Insane asylums in Bengal annual reports 1876-1887 - 1876-1887
Year: 1876
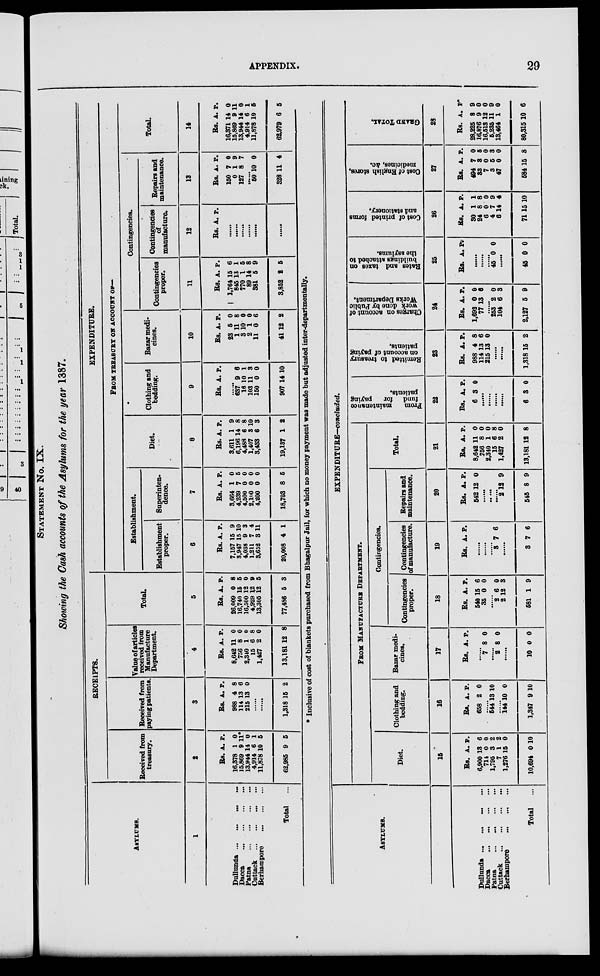
APPENDIX.
29
STATEMENT No. IX.
Showing the Cash accounts of the Asylums for the year 1887.
ASYLUMS.
1
Dullunda
...
...
...
...
Dacca
...
...
...
...
Patna ... ... ... ...
Cuttack ... ... ... ...
Berhampore ... ... ...
Total ...
RECEIPTS.
Received from
treasury.
2
Rs.
16,378
15,869
13,944
4,914
11,878
62,985
A.
1
9
14
6
10
9
P.
0
11*
0
1
5
5
Received from
paying patients.
3
Rs.
988
114
215
A.
4
13
13
P.
8
6
0
......
......
1,318 15 2
Value of articles
received from
Manufacture
Department.
4
Rs.
8,642
756
2,340
15
1,427
13,181
A.
11
8
1
6
2
12
P.
0
0
0
8
0
8
Total.
5
Rs.
26,009
16,740
16,500
4,929
13,305
77,486
A.
0
15
12
12
12
5
P.
8
5
0
9
5
3
EXPENDITURE.
FROM TREASURY ON ACCOUNT OF—
Establishment.
Establishment
proper.
6
Rs.
7,157
3,947
4,038
1,211
3,652
20,008
A.
15
15
9
7
3
4
P.
9
10
3
4
11
1
Superinten-
dence.
7
Rs.
3,664
4,239
4,500
2,100
4,200
18,703
A.
1
7
0
0
0
8
P.
0
5
0
0
0
5
Diet.
8
Rs.
3,611
6,196
4,488
1,407
3,433
19,137
A.
1
14
6
3
6
1
P.
9
8
8
10
3
2
Clothing and
bedding.
9
Rs. A. P.
......
637
16
103
150
907
9
10
11
0
14
6
1
3
0
10
Bazar medi-
cines.
10
Rs.
23
1
3
2
11
41
A.
5
11
10
1
0
12
P.
0
8
0
0
6
2
Contingencies.
Contingencies
proper.
11
Rs.
1,764
845
770
89
381
3,852
A.
15
13
1
14
5
2
P.
6
1
5
8
9
5
Contingencies
of
manufacture.
12
Rs. A. P.
......
......
......
......
......
......
Repairs and
maintenance.
13
Rs.
150
0
127
A.
7
1
8
P.
0
9
7
.......
50
328
10
11
0
4
Total.
14
Rs.
16,371
15,869
13,944
4,914
11,878
62,979
A.
14
9
14
6
10
6
P.
0
11
0
1
5
5
* Inclusive of cost of blankets purchased from Bhagalpur Jail, for which no money payment was made but adjusted inter-departmentally.
ASYLUMS.
Dullunda ... ... ... ...
Dacca
...
...
...
...
Patna
...
...
...
...
Cuttack
...
...
...
...
Berhampore ... ... ... ...
Total ...
EXPENDITURE—concluded.
FROM MANUFACTURE DEPARTMENT.
Diet.
15
Rs.
6,900
714
1,795
7
1,276
10,694
A.
13
0
3
1
15
0
P.
6
0
2
2
0
10
Clothing and
bedding.
16
Rs.
658
A.
2
P.
0
544 13 10
......
144
1,347
10
9
0
10
Bazar medi-
cines.
17
Rs. A. P.
......
7 8 0
......
2 8 0
......
10 0 0
Contingencies.
Contingencies
proper.
18
Rs.
540
35
A.
15
0
P.
6
0
......
2
2
581
6
12
1
0
3
9
Contingencies
of manufacture.
19
Rs. A. P.
......
......
3 7 6
......
3 7 6
Repairs and
maintenance.
20
Rs.
542
A.
12
P.
0
......
......
2
545
12
8
9
9
Total.
21
Rs.
8,642
756
2,340
15
1,427
13,181
A.
11
8
1
6
2
12
P.
0
0
0
8
0
8
From
maintenance
fund for
paying
patients.
22
Rs.
6
A.
3
P.
0
......
......
......
......
6 3 0
Remitted to treasury
on account of paying
patients.
23
Rs.
988
114
215
A.
4
13
13
P.
8
6
0
......
......
1,318 15 2
Charges on account of
work done by Public
Works Department.
24
Rs.
1,692
77
A.
0
13
P.
0
6
......
253
104
2,127
2
6
5
0
3
9
Rates and taxes on
buildings attached to
the asylums.
25
Rs. A P.
......
......
......
45 0 0
......
45 0 0
Cost of printed forms
and stationery.
26
Rs.
30
24
6
4
6
71
A.
1
8
0
7
14
15
P.
1
8
0
9
4
10
Cost of English stores,
medicines, &c.
27
Rs.
494
33
7
3
47
584
A.
7
3
0
5
0
15
P.
0
5
0
3
0
8
GRAND TOTAL.
28
Rs.
28,225
16,876
16,513
5,235
13,464
80,315
A.
8
9
12
11
1
10
P.
9
0
0
9
0
6